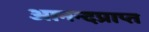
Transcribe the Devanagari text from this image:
आनन्दप्राप्त